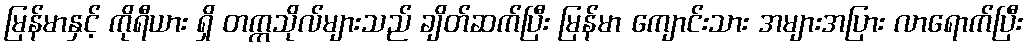
မြန်မာနှင့် ကိုရီယား ရှိ တက္ကသိုလ်များသည် ချိတ်ဆက်ပြီး မြန်မာ ကျောင်းသား အများအပြား လာရောက်ပြီး